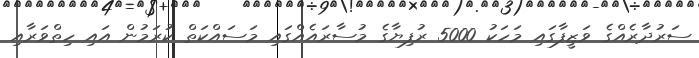
ސަރުދާރެއްގެ ވަޒީފާގައި މަހަކު 5000 ރުފިޔާގެ މުސާރައެއްގައި މަސައްކަތް ކުރަމުން އައި ހިތްވަރާއި